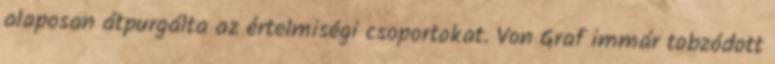
alaposan átpurgálta az értelmiségi csoportokat. Von Graf immár tobzódott